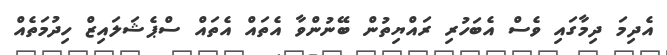
އެދިމަ ދިމާގައި ވެސް އެބަހުރި ރައްޔިތުން ބޭނުންވާ އެތައް އެތައް ސްޕެޝަލައިޒް ހިދުމަތެއް